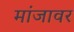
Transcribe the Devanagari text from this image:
मांजावर